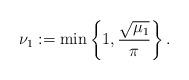
LaTeX: \begin{align*}\nu_{1}:=\min\left\{1,\frac{\sqrt{\mu_{1}}}{\pi}\right\}.\end{align*}